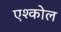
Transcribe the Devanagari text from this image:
एश्कोल